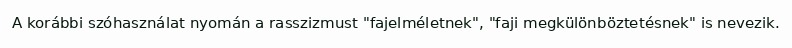
A korábbi szóhasználat nyomán a rasszizmust "fajelméletnek", "faji megkülönböztetésnek" is nevezik.